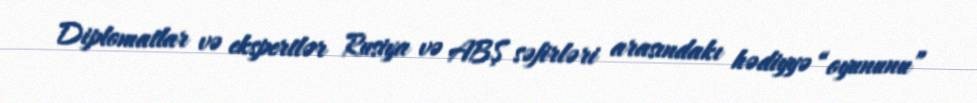
Diplomatlar və ekspertlər Rusiya və ABŞ səfirləri arasındakı hədiyyə “oyununu”